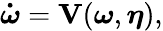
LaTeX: \boldsymbol{\dot{\omega}}=\mathbf{V}(\boldsymbol{\omega},\boldsymbol{\eta}),